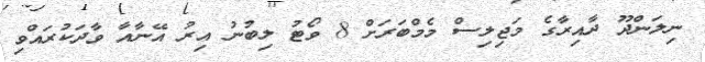
ނިލަންދޫ ދާއިރާގެ މަޖިލިސް މެމްބަރަށް 8 ވޯޓު ލިބުނު އިރު އޭނާއާ ވާދަކުރައްވި